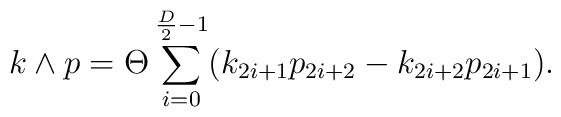
k\wedge p=\Theta\sum_{i=0}^{\frac{D}{2}-1}(k_{2i+1}p_{2i+2}-k_{2i+2}p_{2i+1}).